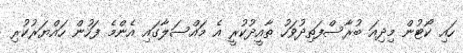
ހައި ކޯޓުން މިދިއަ ބުރާސްފަތިދުވަހު ތާއީދުކުރީ އެ މައްސަލާގައި އެންމެ ފަހުން ހައްޔަރުކުރި